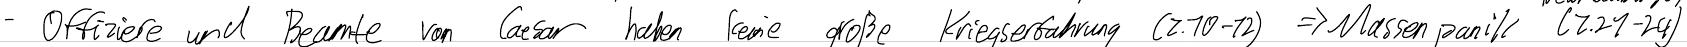
- Offiziere und Beamte von Caesar haben keine große Kriegserfahrung (Z.10-12) => Massenpanik (Z.21-24)